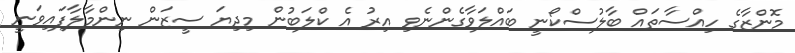
މޮންޒާގެ ހިއްސާތައް ބާލުސްކޯނީ ބައްލަވާގެންނެވި އިރު އެ ކްލަބުން މިދިޔަ ސީޒަން ނިންމާލާފައިވަނީ